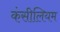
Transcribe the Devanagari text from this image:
कंसीलियम